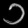
Digit: ၁